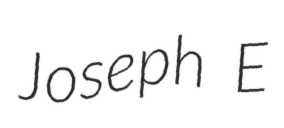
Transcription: Joseph E